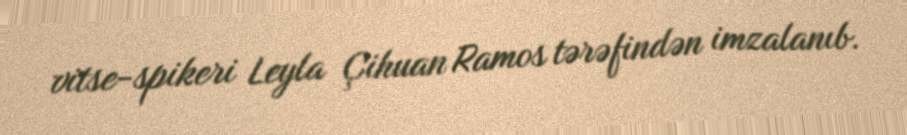
vitse-spikeri Leyla Çihuan Ramos tərəfindən imzalanıb.